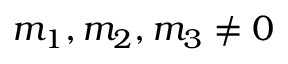
m _ { 1 } , m _ { 2 } , m _ { 3 } \neq 0